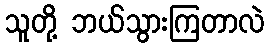
သူတို့ ဘယ်သွားကြတာလဲ